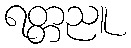
ရတ္တညူ